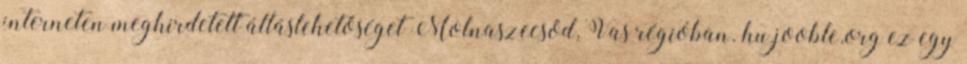
interneten meghirdetett álláslehetőséget Molnaszecsőd, Vas régióban. hu.jooble.org ez egy